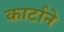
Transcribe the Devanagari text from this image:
कार्टाने